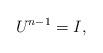
LaTeX: \begin{align*}U^{n-1}=I,\end{align*}